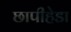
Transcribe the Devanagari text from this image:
छापीहेडा